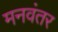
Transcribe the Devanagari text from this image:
मनवंतर